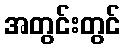
အတွင်းတွင်